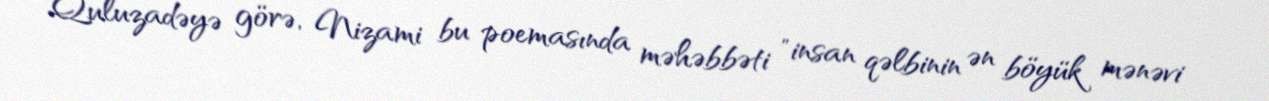
Quluzadəyə görə, Nizami bu poemasında məhəbbəti "insan qəlbinin ən böyük mənəvi